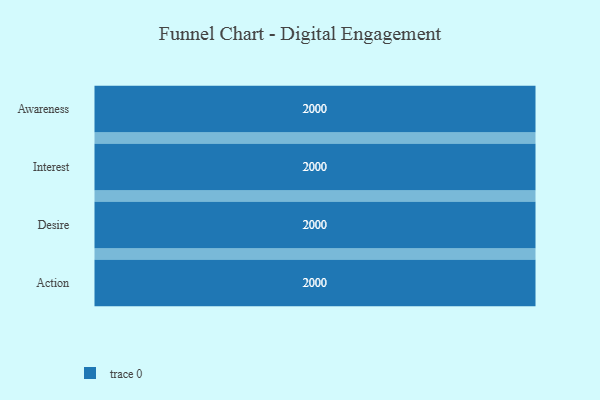
{"axis": {"x": "Stage", "y": "Value"}, "legend": [""], "data": [{"x": "Awareness", "y": 2000, "type": ""}, {"x": "Interest", "y": 2000, "type": ""}, {"x": "Desire", "y": 2000, "type": ""}, {"x": "Action", "y": 2000, "type": ""}]}